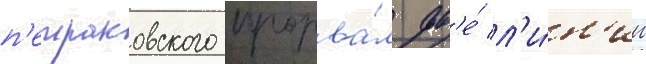
п'етраковского прорва́л дв'е́ л'и́н'ии